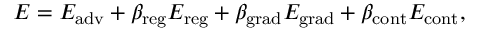
\begin{array} { r } { { \cal E } = { \cal E } _ { \mathrm { a d v } } + \beta _ { \mathrm { r e g } } { \cal E } _ { \mathrm { r e g } } + \beta _ { \mathrm { g r a d } } { \cal E } _ { \mathrm { g r a d } } + \beta _ { \mathrm { c o n t } } { \cal E } _ { \mathrm { c o n t } } , } \end{array}